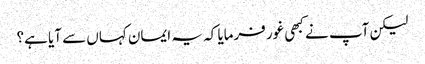
لیکن آپ نے کبھی غور فرمایا کہ یہ ایمان کہاں سے آیا ہے؟